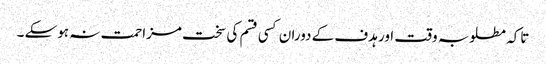
تاکہ مطلوبہ وقت اور ہدف کے دوران کسی قسم کی سخت مزاحمت نہ ہوسکے ۔